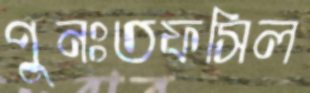
পুনঃতফসিল